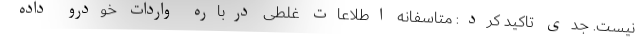
نیست. جدی تاکید کرد: متاسفانه اطلاعات غلطی درباره واردات خودرو داده